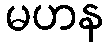
မဟန